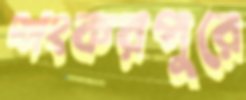
শংকরপুরে